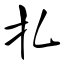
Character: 扎